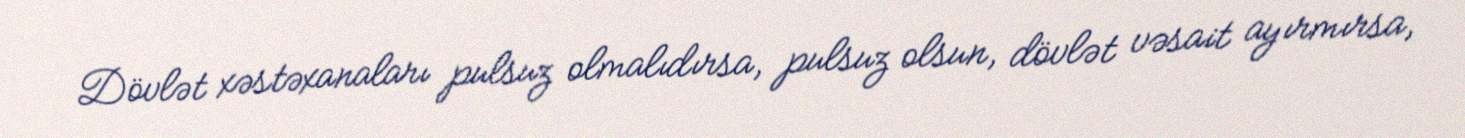
Dövlət xəstəxanaları pulsuz olmalıdırsa, pulsuz olsun, dövlət vəsait ayırmırsa,